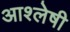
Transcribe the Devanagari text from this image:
आश्लेषी